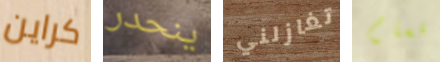
كراين ينحدر تغازلني أقسام